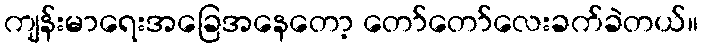
ကျန်းမာရေးအခြေအနေတော့ တော်တော်လေးခက်ခဲတယ်။